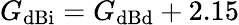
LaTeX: G_{\mathrm{dBi}}=G_{\mathrm{dBd}}+2.15